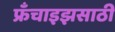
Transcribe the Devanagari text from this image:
फ्रँचाइझसाठी